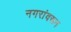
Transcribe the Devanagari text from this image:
नगरांवरून